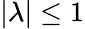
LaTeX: |\lambda|\leq 1